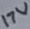
Text: 17V